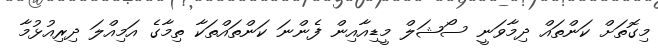
މިގޮތަށް ކަންތައް ދިމާވަނީ ސޯޝަލް މީޑިއާއިން ފެންނަ ކަންތައްތަކާ ތިމާގެ އަމިއްލަ ދިރިއުޅުމާ